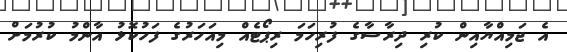
އެ ޖަމިއްޔާއިން ކުރި ދިރާސާގެ ފުރިހަމަ ރިޕޯޓެއް މިއަހަރުގެ ފަހުކޮޅު އާންމު ކުރުމަށް